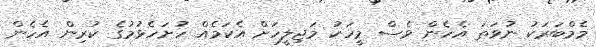
މެމްބަރަކު ނުވަތަ އެހެން ވެސް މީހަކު މަޖިލީހަށް އެކަމެއް ހުށަހެޅުމުގެ ކުރިން އެހެން